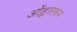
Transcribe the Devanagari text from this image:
ओंङ्काररूप